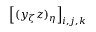
\left[ ( y _ { \zeta } z ) _ { \eta } \right] _ { i , j , k }